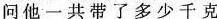
10问他一共带了多少千克